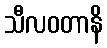
သီလဝတာနိ